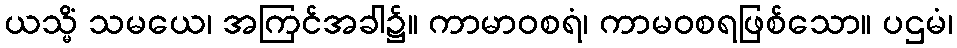
ယသ္မိံ သမယေ၊ အကြင်အခါ၌။ ကာမာဝစရံ၊ ကာမဝစရဖြစ်သော။ ပဌမံ၊